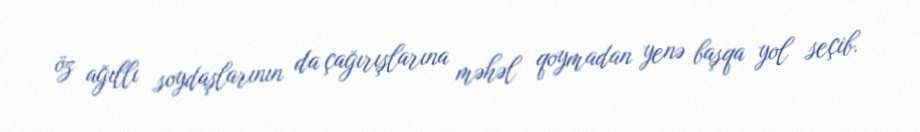
öz ağıllı soydaşlarının da çağırışlarına məhəl qoymadan yenə başqa yol seçib.